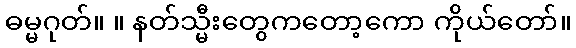
ဓမ္မဂုတ်။ ။ နတ်သ္မီးတွေကတော့ကော ကိုယ်တော်။